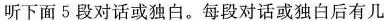
听下面5段对话或独白。每段对话或独白后有几